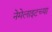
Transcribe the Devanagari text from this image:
नेमेलाइटच्या